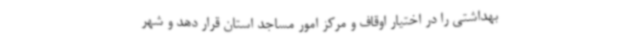
بهداشتی را در اختیار اوقاف و مرکز امور مساجد استان قرار دهد و شهر